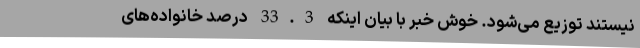
نیستند توزیع می‌شود. خوش خبر با بیان اینکه 33.3 درصد خانواده‌های